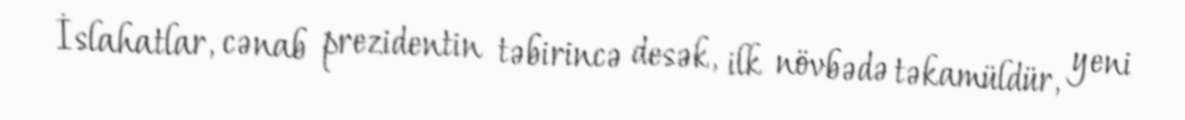
İslahatlar, cənab prezidentin təbirincə desək, ilk növbədə təkamüldür, yeni